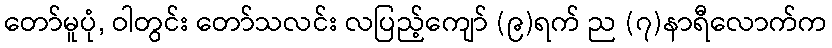
တော်မူပုံ, ဝါတွင်း တော်သလင်း လပြည့်ကျော် (၉)ရက် ည (၇)နာရီလောက်က